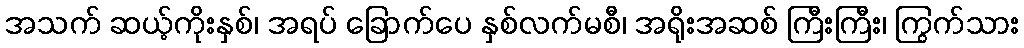
အသက် ဆယ့်ကိုးနှစ်၊ အရပ် ခြောက်ပေ နှစ်လက်မစီ၊ အရိုးအဆစ် ကြီးကြီး၊ ကြွက်သား